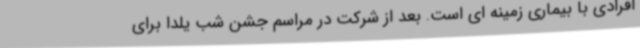
افرادی با بیماری زمینه ای است. بعد از شرکت در مراسم جشن شب یلدا برای